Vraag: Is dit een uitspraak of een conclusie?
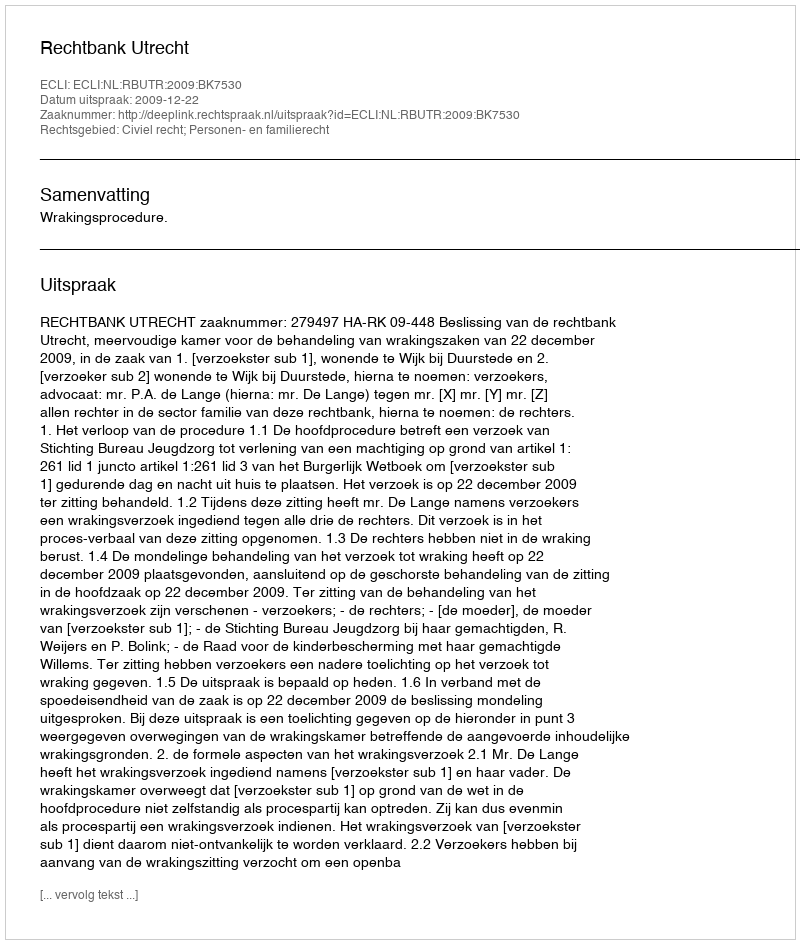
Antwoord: Uitspraak